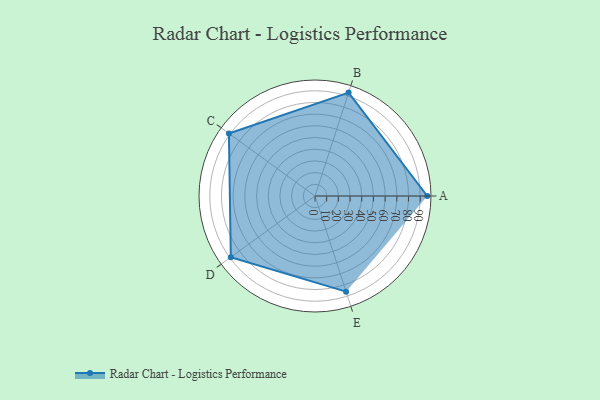
{"axis": {"x": "Skill", "y": "Score"}, "legend": ["Profile"], "data": [{"x": "A", "y": 96.0, "type": "Profile"}, {"x": "B", "y": 93.0, "type": "Profile"}, {"x": "C", "y": 91.0, "type": "Profile"}, {"x": "D", "y": 89.0, "type": "Profile"}, {"x": "E", "y": 86.0, "type": "Profile"}]}